Report of the King Institute of Preventive Medicine, Guindy
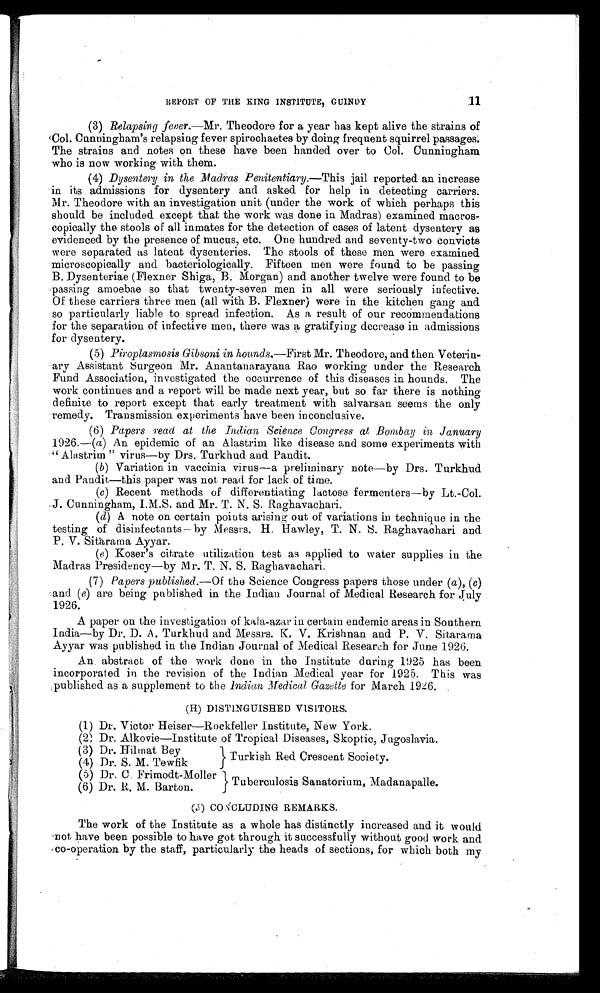
11
REPORT OF THE KING INSTITUTE, GUINDY
(3) Relapsing fever.—Mr. Theodore for a year has kept alive the strains of
Col. Cunningham's relapsing fever spirochaetes by doing frequent squirrel passages.
The strains and notes on these have been handed over to Col. Cunningham
who is now working with them.
(4) Dysentery in the Madras Penitentiary. —This jail reported an increase
in its admissions for dysentery and asked for help in detecting carriers.
Mr. Theodore with an investigation unit (under the work of which perhaps this
should be included except that the work was done in Madras) examined macros-
copically the stools of all inmates for the detection of cases of latent dysentery as
evidenced by the presence of mucus, etc. One hundred and seventy-two convicts
were separated as latent dysenteries. The stools of these men were examined
microscopically and bacteriologically. Fifteen men were found to be passing
B. Dysenteriae (Flexner Shiga, B. Morgan) and another twelve were found to be
passing amoebae so that twenty-seven men in all were seriously infective.
Of these carriers three men (all with B. Flexner) were in the kitchen gang and
so particularly liable to spread infection. As a result of our recommendations
for the separation of infective men, there was a gratifying decrease in admissions
for dysentery.
(5) Piroplasmosis Gibsoni in hounds. —First Mr. Theodore, and then Veterin
-
ary Assistant Surgeon Mr. Anantanarayana Rao working under the Research
Fund Association, investigated the occurrence of this diseases in hounds. The
work continues and a report will be made next year, but so far there is nothing
definite to report except that early treatment with salvarsan seems the only
remedy. Transmission experiments have been inconclusive.
(6) Papers read at the Indian Science Congress at Bombay in January
1926.—(a) An epidemic of an Alastrim like disease and some experiments with
"Alastrim " virus—by Drs. Turkhud. and Pandit.
(b) Variation in vaccinia virus—a preliminary note—by Drs. Turkhud
and Pandit—this paper was not read for lack of time.
(c) Recent methods of differentiating lactose fermenters—by Lt.-Col.
J. Cunningham, I.M.S. and Mr. T. N. S. Raghavachari.
(d) A note on certain points arising out of variations in technique in the
testing of disinfectants—by Messrs. H. Hawley, T. N.S. Raghavachari and
P. V. Sitarama Ayyar.
(e)Koser's citrate utilization test as applied to water supplies in the
Madras Presidency—by M r. T. N. S. Raghavachari.
(7) Papers published. —Of the Science Congress papers those under (a), (c)
and (e) are being published in the Indian. Journal of Medical Research for July
1926.
A paper on the investigation of kala-azar in certain endemic areas in Southern
India—by Dr. D. A. Turkhud and Messrs. K. V. Krishnan and P. V. Sitarama
Ayyar was published in the Indian Journal of Medical Research for June 1926.
An abstract of the work clone in the Institute during 1925 has been
incorporated in the revision of the Indian Medical year for 1925. This was
published as a supplement to the Indian Medical Gazette for March 1926.
(H) DISTINGUISHED VISITORS.
(1) Dr. Victor Heiser—Rockfeller Institute, New York.
(2) Dr. Alkovie—Institute of Tropical Diseases, Skoptic, Jugoslavia,
(3) Dr. Hilmat Bey
(4) Dr. S. M. Tewfik
(5) Dr. C. Frimodt-Moller
(6) Dr. R. M. Barton.
Turkish Red Crescent Society.
Tuberculosis Sanatorium, Madanapalle.
(J) CONCLUDING REMARKS.
The work of the Institute as a whole has distinctly increased and it would
not have been possible to have got through it successfully without good work and
co-operation by the staff, particularly the heads of sections, for which both my